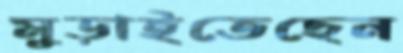
মুড়াইতেছেন